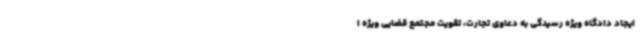
ایجاد دادگاه ویژه رسیدگی به دعاوی تجارت، تقویت مجتمع قضایی ویژه ا